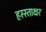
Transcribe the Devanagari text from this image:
हस्स्ताक्षर